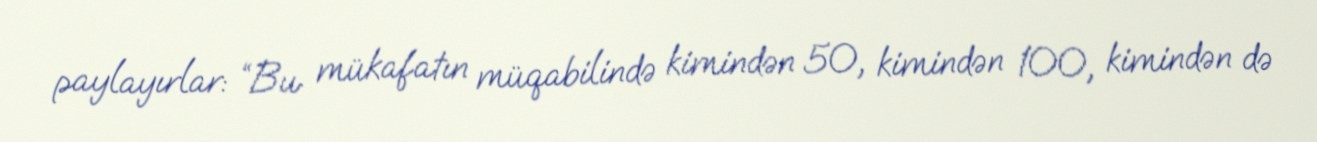
paylayırlar: “Bu mükafatın müqabilində kimindən 50, kimindən 100, kimindən də